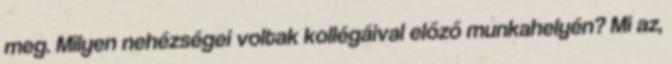
meg. Milyen nehézségei voltak kollégáival előző munkahelyén? Mi az,